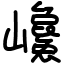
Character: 巉